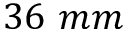
3 6 ~ m m